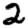
Digit: 2